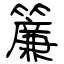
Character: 簾